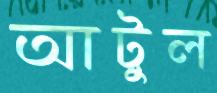
আটুল